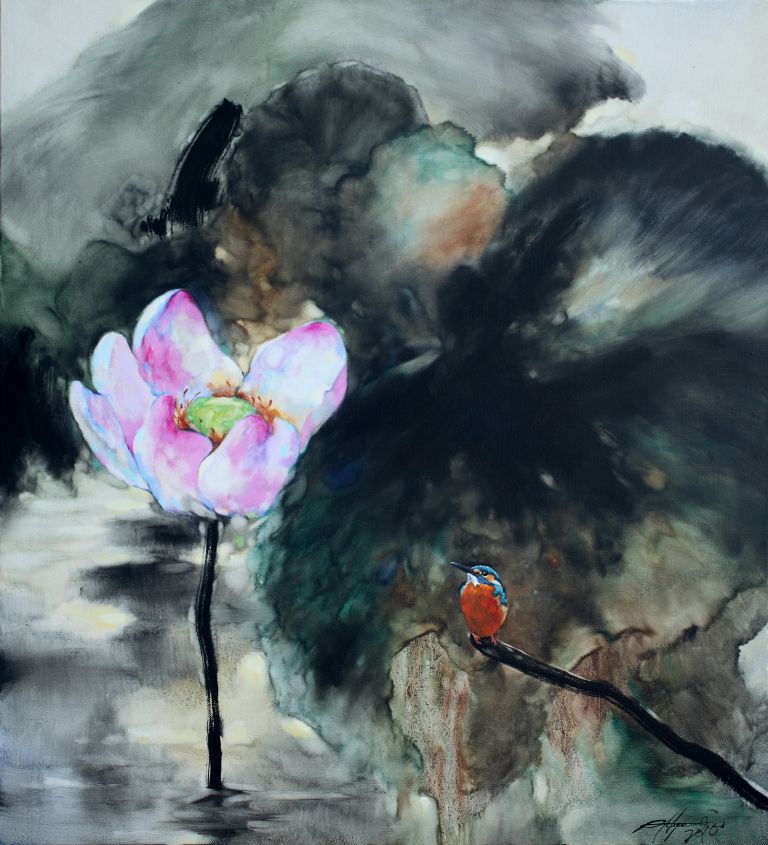
更深黄月落，夜久靥星稀。